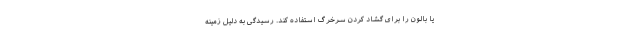
یا بالون را برای گشاد کردن سرخرگ استفاده کند. رسیدگی به دلیل زمینه